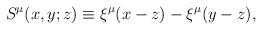
LaTeX: \begin{align*}S^{\mu}(x,y;z)\equiv\xi^\mu(x-z)-\xi^\mu(y-z),\end{align*}